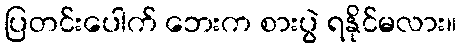
ပြတင်းပေါက် ဘေးက စားပွဲ ရနိုင်မလား။